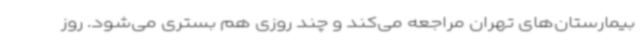
بیمارستان‌های تهران مراجعه می‌کند و چند روزی هم بستری می‌شود. روز